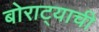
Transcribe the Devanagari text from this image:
बोराट्याची